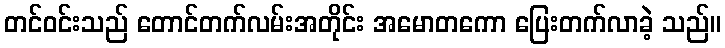
တင်ဝင်းသည် တောင်တက်လမ်းအတိုင်း အမောတကော ပြေးတက်လာခဲ့ သည်။